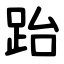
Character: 跆